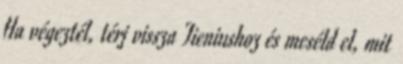
Ha végeztél, térj vissza Tieniushoz és meséld el, mit